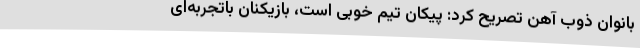
بانوان ذوب آهن تصریح کرد: پیکان تیم خوبی است، بازیکنان باتجربه‌ای